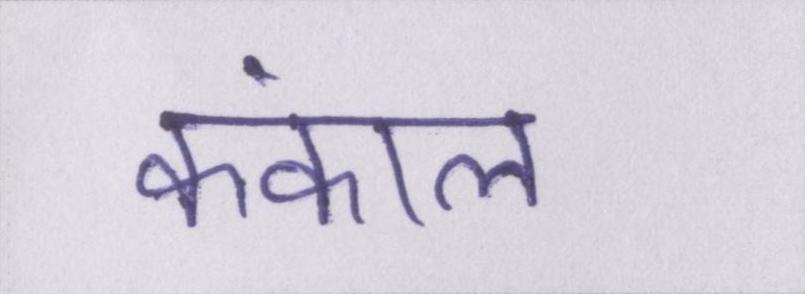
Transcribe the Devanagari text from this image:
कंकाल